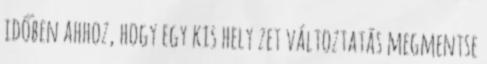
időben ahhoz, hogy egy kis hely zet változtatás megmentse